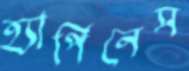
হ্যাপিনেস